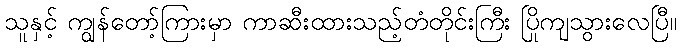
သူနှင့် ကျွန်တော့်ကြားမှာ ကာဆီးထားသည့်တံတိုင်းကြီး ပြိုကျသွားလေပြီ။